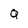
Character: Q